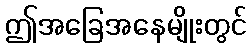
ဤအခြေအနေမျိုးတွင်